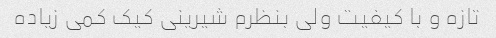
تازه و با کیفیت ولی بنظرم شیرینی کیک کمی زیاده